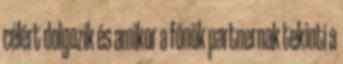
célért dolgozik és amikor a főnök partnernak tekinti a